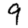
Digit: 9